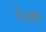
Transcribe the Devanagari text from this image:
है।हमारे